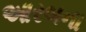
આરબના